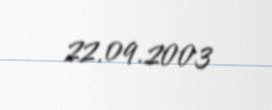
22.09.2003